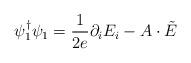
LaTeX: \begin{align*}\psi^\dagger_1\psi_1=\frac{1}{2e}\partial_i E_i-A\cdot\tilde E\end{align*}